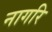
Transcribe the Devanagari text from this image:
नागरि